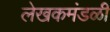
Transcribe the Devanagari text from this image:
लेखकमंडळी